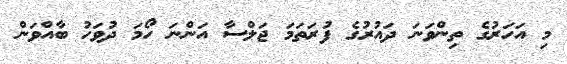
މި އަހަރުގެ ތިންވަނަ ދައުރުގެ ފުރަތަމަ ޖަލްސާ އަންނަ ހޯމަ ދުވަހު ބާއްވަން